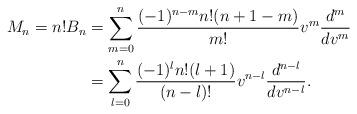
LaTeX: \begin{align*} M_n=n!B_n&=\sum_{m=0}^n\frac{(-1)^{n-m}n!(n+1-m)}{m!}v^m\frac{d^m}{dv^m}\\ &=\sum_{l=0}^n\frac{(-1)^{l}n!(l+1)}{(n-l)!}v^{n-l}\frac{d^{n-l}}{dv^{n-l}}.\end{align*}